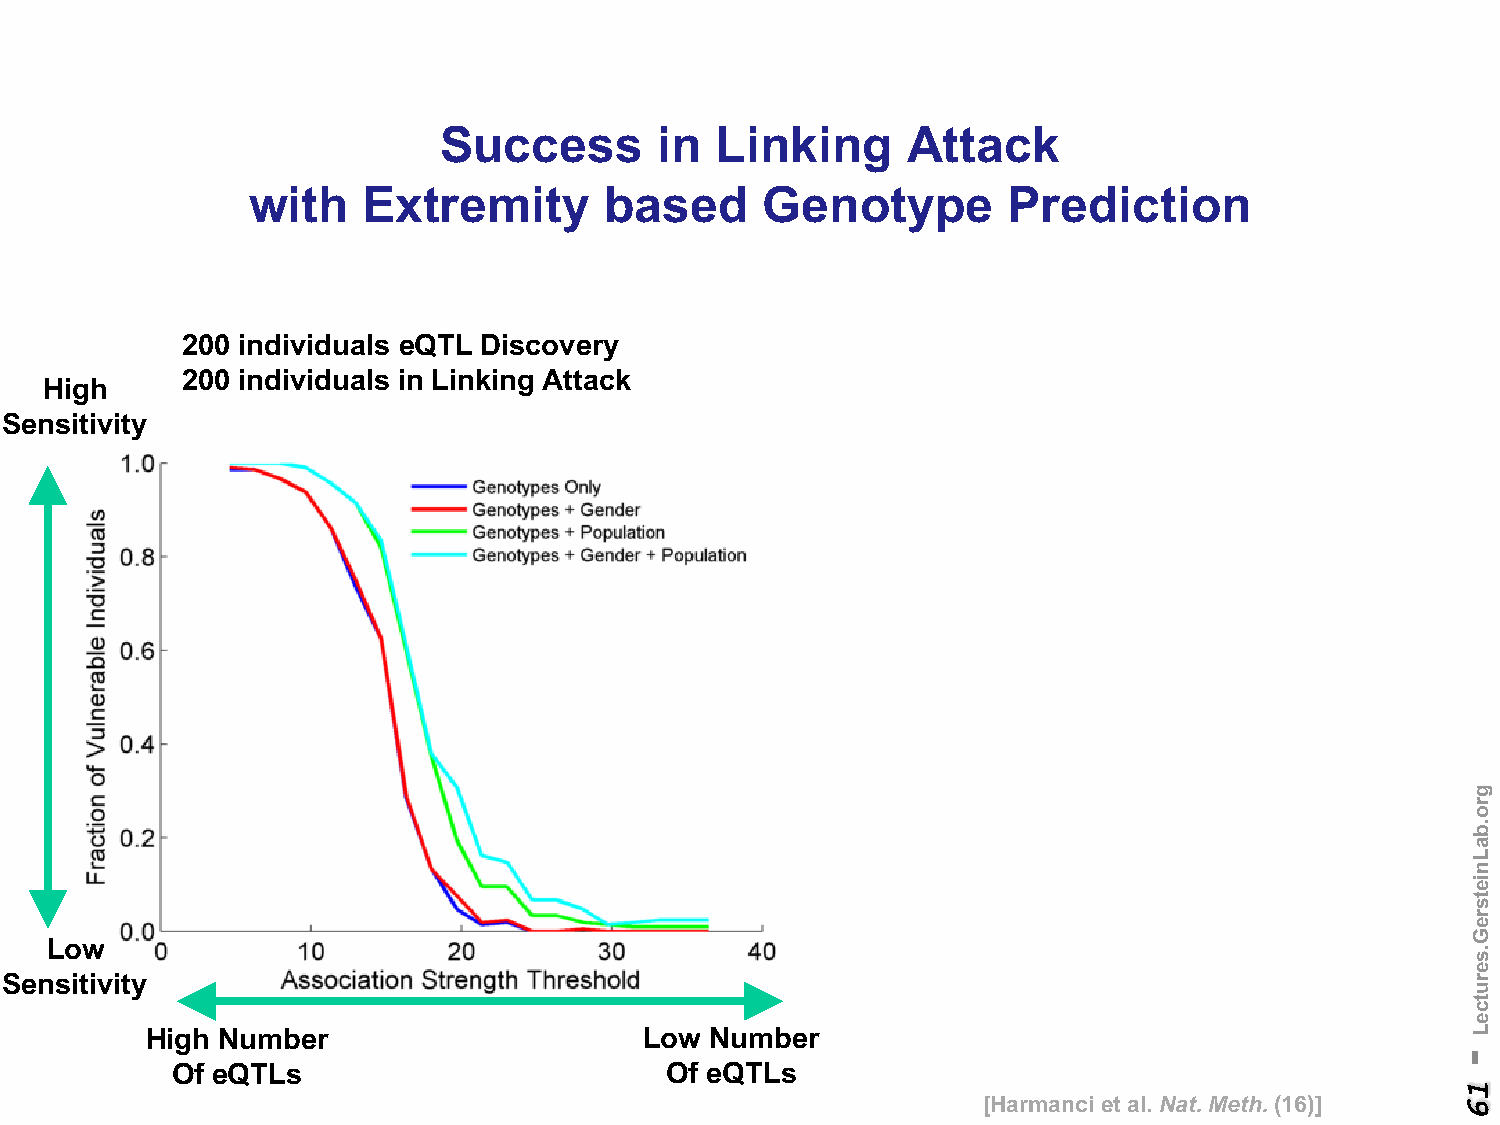
Success        in Linking      Attack
 with    Extremity       based      Genotype        Prediction
 200 individuals eQTL Discovery
 200 individuals in Linking Attack
 High
 Sensitivity
 Low
 Sensitivity
 High Number                      Low Number
 Of eQTLs                         Of eQTLs
 [Harmanciet al. Nat. Meth. (16)]
 -
 16
 gro.baLnietsreG.serutceL